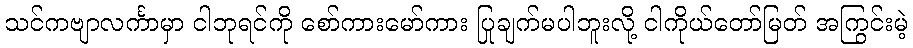
သင်ကဗျာလင်္ကာမှာ ငါဘုရင်ကို စော်ကားမော်ကား ပြုချက်မပါဘူးလို့ ငါကိုယ်တော်မြတ် အကြွင်းမဲ့